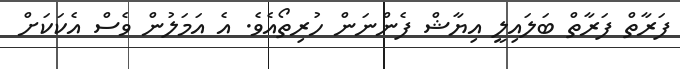
ފަރާތް ފަރާތް ބަލައިލީ އިޔާޝް ފެންނަން ހުރިތޯއެވެ. އެ އަމަލުން ވެސް އެކަކަށް